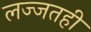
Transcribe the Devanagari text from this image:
लज्जतही